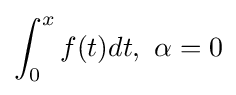
\int _{0}^{x}f(t)dt,\ \alpha =0